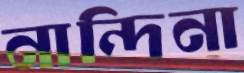
নান্দিনা